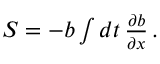
\begin{array} { r } { S = - b \int d t \, \frac { \partial b } { \partial x } \, . } \end{array}